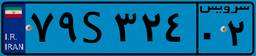
۴۵S۹۹۹۴۳